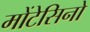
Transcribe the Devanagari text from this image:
मोंटेसिनो